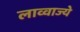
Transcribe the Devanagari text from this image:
लाव्वाज्ये